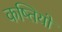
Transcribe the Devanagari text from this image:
कष्तियों